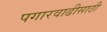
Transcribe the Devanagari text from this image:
पगारवाढीसाठी